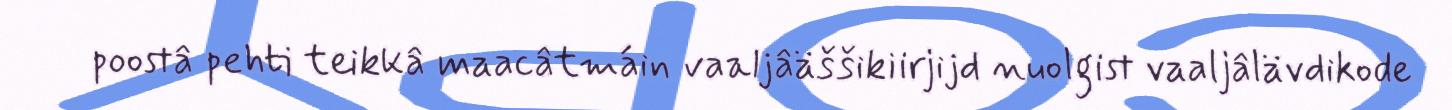
poostâ pehti teikkâ maacâtmáin vaaljâäššikiirjijd nuolgist vaaljâlävdikode